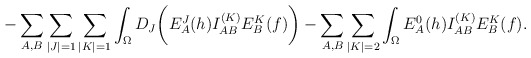
\begin{align*}-\sum_{A,B}\sum_{\vert J \vert =1}\sum_{\vert K \vert =1}\int_{\Omega} D_J\biggl( E^J_A(h)I^{(K)}_{AB}E^K_B(f)\biggr) -\sum_{A,B}\sum_{\vert K \vert =2}\int_{\Omega} E^0_A(h)I^{(K)}_{AB}E^K_B(f) . \end{align*}